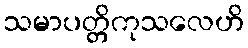
သမာပတ္တိကုသလေဟိ